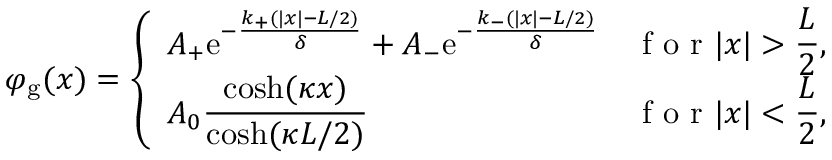
\varphi _ { \mathrm { g } } ( x ) = \left\{ \begin{array} { l l } { \displaystyle A _ { + } \mathrm { e } ^ { - \frac { k _ { + } ( | x | - L / 2 ) } { \delta } } + A _ { - } \mathrm { e } ^ { - \frac { k _ { - } ( | x | - L / 2 ) } { \delta } } } & { \displaystyle \textrm { f o r } | x | > \frac { L } { 2 } , } \\ { \displaystyle A _ { 0 } \frac { \cosh ( \kappa x ) } { \cosh ( \kappa L / 2 ) } } & { \displaystyle \textrm { f o r } | x | < \frac { L } { 2 } , } \end{array} \right.